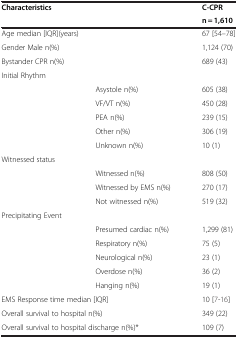
<table><thead><tr><td><b>Characteristics</b></td><td rowspan="2"><b> </b></td><td><b>C-CPR</b></td></tr><tr><td><b> </b></td><td><b>n = 1,610</b></td></tr></thead><tbody><tr><td colspan="2">Age median [IQR](years)</td><td>67 [54–78]</td></tr><tr><td>Gender Male n(%)</td><td> </td><td>1,124 (70)</td></tr><tr><td>Bystander CPR n(%)</td><td> </td><td>689 (43)</td></tr><tr><td>Initial Rhythm</td><td> </td><td> </td></tr><tr><td> </td><td>Asystole n(%)</td><td>605 (38)</td></tr><tr><td> </td><td>VF/VT n(%)</td><td>450 (28)</td></tr><tr><td> </td><td>PEA n(%)</td><td>239 (15)</td></tr><tr><td> </td><td>Other n(%)</td><td>306 (19)</td></tr><tr><td> </td><td>Unknown n(%)</td><td>10 (1)</td></tr><tr><td>Witnessed status</td><td> </td><td> </td></tr><tr><td> </td><td>Witnessed n(%)</td><td>808 (50)</td></tr><tr><td> </td><td>Witnessed by EMS n(%)</td><td>270 (17)</td></tr><tr><td> </td><td>Not witnessed n(%)</td><td>519 (32)</td></tr><tr><td>Precipitating Event</td><td> </td><td> </td></tr><tr><td> </td><td>Presumed cardiac n(%)</td><td>1,299 (81)</td></tr><tr><td> </td><td>Respiratory n(%)</td><td>75 (5)</td></tr><tr><td> </td><td>Neurological n(%)</td><td>23 (1)</td></tr><tr><td> </td><td>Overdose n(%)</td><td>36 (2)</td></tr><tr><td> </td><td>Hanging n(%)</td><td>19 (1)</td></tr><tr><td colspan="2">EMS Response time median [IQR]</td><td>10 [7-16]</td></tr><tr><td colspan="2">Overall survival to hospital n(%)</td><td>349 (22)</td></tr><tr><td colspan="2">Overall survival to hospital discharge n(%)*</td><td>109 (7)</td></tr></tbody></table>